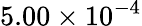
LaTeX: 5.00\times 10^{-4}